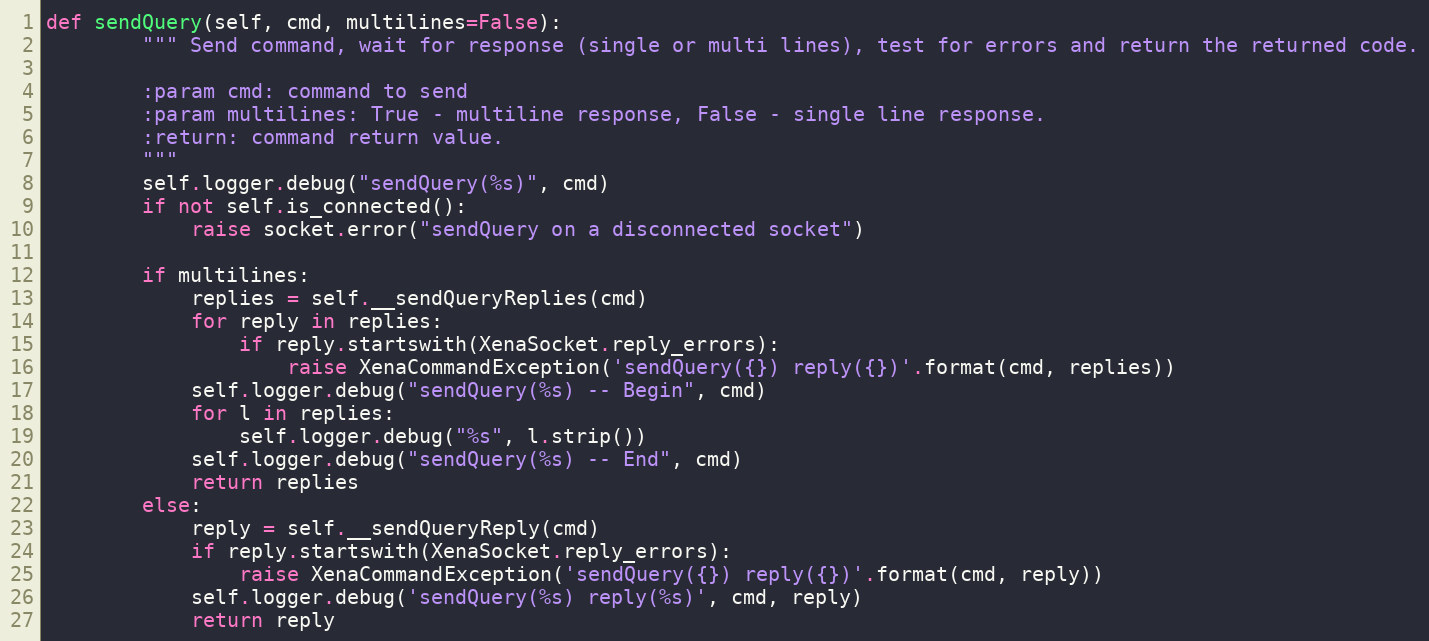
Language: Python
def sendQuery(self, cmd, multilines=False):
        """ Send command, wait for response (single or multi lines), test for errors and return the returned code.

        :param cmd: command to send
        :param multilines: True - multiline response, False - single line response.
        :return: command return value.
        """
        self.logger.debug("sendQuery(%s)", cmd)
        if not self.is_connected():
            raise socket.error("sendQuery on a disconnected socket")

        if multilines:
            replies = self.__sendQueryReplies(cmd)
            for reply in replies:
                if reply.startswith(XenaSocket.reply_errors):
                    raise XenaCommandException('sendQuery({}) reply({})'.format(cmd, replies))
            self.logger.debug("sendQuery(%s) -- Begin", cmd)
            for l in replies:
                self.logger.debug("%s", l.strip())
            self.logger.debug("sendQuery(%s) -- End", cmd)
            return replies
        else:
            reply = self.__sendQueryReply(cmd)
            if reply.startswith(XenaSocket.reply_errors):
                raise XenaCommandException('sendQuery({}) reply({})'.format(cmd, reply))
            self.logger.debug('sendQuery(%s) reply(%s)', cmd, reply)
            return reply